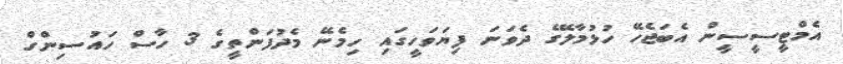
އެމްޓީސީސީން އެބަޖެހޭ ހުޅުމާލޭގެ ދެވަނަ ފިޔަވަހީގައި ހިމެނޭ މެދުފަންތީގެ 3 ހާސް ހައުސިންގް